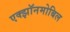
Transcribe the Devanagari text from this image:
एक्झॉनमोबिल